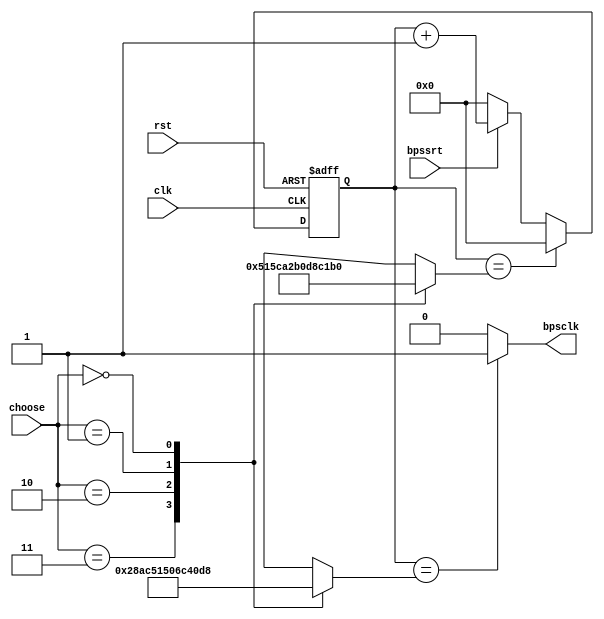
module bps(clk,rst,bpssrt,bpsclk,choose);
//波特率设置函数
	input clk,rst;	
	input bpssrt;	//接收到数据后，波特率时钟启动信号置位
	input[1:0] choose;//选择波特率,通过两个拨码开关控制
	output reg bpsclk;	//bpsclk的高电平为接收或者发送数据位的中间采样点
	reg[13:0] bps,smp;	//波特率、采样率
//下面对波特率进行设置
	always//选择波特率
		begin
			case(choose[1:0])
			2'b11:begin bps<=13'd5207; smp<=13'd2603; end //9600波特率
			2'b10:begin bps<=13'd2603; smp<=13'd1301; end //19200波特率
			2'b01:begin bps<=13'd867; smp<=13'd433; end //57600波特率
			2'b00:begin bps<=13'd433; smp<=13'd216; end //115200波特率
			default:begin bps<=bps; smp<=smp; end
			endcase
		end
	
	reg[12:0] cnt;	//分频计数
	always@(posedge clk or negedge rst)
		begin
			if(!rst)
				cnt<=13'd0;
			else if(cnt==bps)
				cnt<=13'd0;
			else if(bpssrt)//如果接受到数据
				cnt<=cnt+1'b1;
			else
				cnt<=13'd0;
		end
//当记到每个计数周期的中位数时产生一个数据采集点		
	always bpsclk = (cnt == smp)? 1'b1: 1'b0;
endmodule